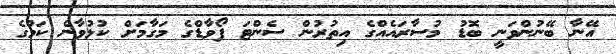
އޭނާ ބޭނުންވަނީ ބޮޑު މުސާރައެއްގެ އިތުރުން ސެންޓަ ފޯވާޑްގެ މަގާމަށް ކުޅުވާނެ ކަމުގެ